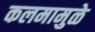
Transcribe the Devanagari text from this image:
कलमामुळे